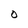
Character: O